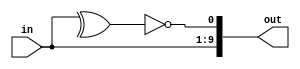
/*
 * @Author: Yihao Wang
 * @Date: 2020-02-15 16:40:09
 * @LastEditTime: 2020-03-14 01:37:06
 * @LastEditors: Please set LastEditors
 * @Description: Generates a 10-bit number with odd parity
 * @FilePath: /EE577b_HW/YihaoWang-HW3/5_PTF/function.v
 */
module parity_function(in, out);
    input [8:0] in;
    output [9:0] out;
    reg [9:0] out;

    function odd_parity_bit;
        input [8:0] in;
    begin
        odd_parity_bit = ~(^in); 
    end
    endfunction

    always @(*)
        out = {in, odd_parity_bit(in)};
        
endmodule